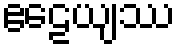
ဧဠေယျဿ